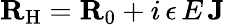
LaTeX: {\mathbf{R}}_{\mathrm{H}}={\mathbf{R}}_{0}+i\, \epsilon\, E\, {\mathbf{J}}